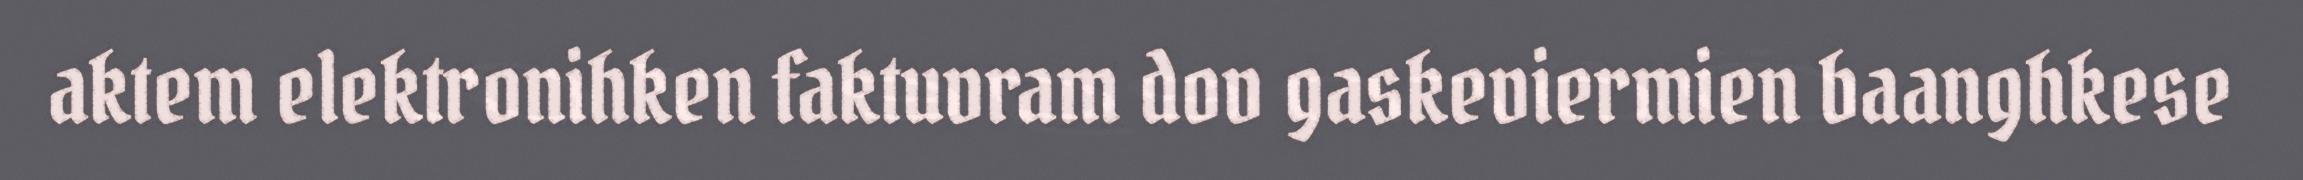
aktem elektronihken faktuvram dov gaskeviermien baanghkese